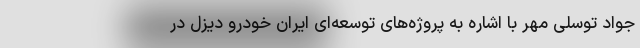
جواد توسلی مهر با اشاره به پروژه‌های توسعه‌ای ایران خودرو دیزل در